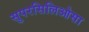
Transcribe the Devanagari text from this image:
सुपरसिलिओसा